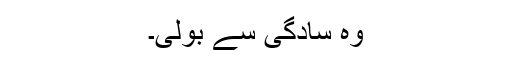
وہ سادگی سے بولی۔